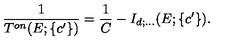
\displaystyle \frac { 1 } { T ^ { o n } ( E ; \{ c ^ { \prime } \} ) } = \displaystyle \frac { 1 } { C } - I _ { d ; \ldots } ( E ; \{ c ^ { \prime } \} ) .